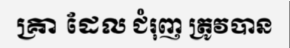
គ្រា ដែល ជំរុញ ត្រូវបាន